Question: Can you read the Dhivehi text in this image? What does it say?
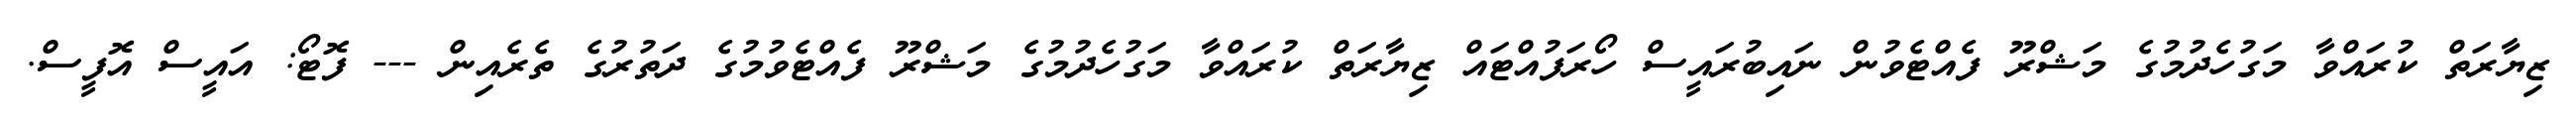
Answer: ޒިޔާރަތް ކުރައްވާ މަގުހެދުމުގެ މަޝްރޫ ފެއްޓެވުން ނައިބުރައީސް ހޯރަފުއްޓައް ޒިޔާރަތް ކުރައްވާ މަގުހެދުމުގެ މަޝްރޫ ފެއްޓެވުމުގެ ދަތުރުގެ ތެރެއިން --- ފޮޓޯ: އައީސް އޮފީސް.